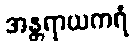
အန္တရာယကရံ